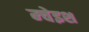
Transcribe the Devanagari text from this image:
म्चेइश